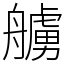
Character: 艣